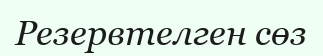
Резервтелген сөз